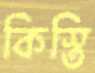
কিস্তি